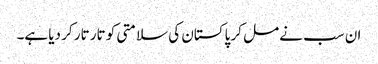
ان سب نے مل کر پاکستان کی سلامتی کو تار تار کر دیا ہے۔